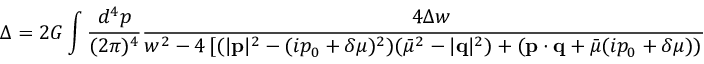
\Delta = 2 G \int \frac { d ^ { 4 } p } { ( 2 \pi ) ^ { 4 } } \frac { 4 \Delta w } { w ^ { 2 } - 4 \left[ ( | { \bf p } | ^ { 2 } - ( i p _ { 0 } + \delta \mu ) ^ { 2 } ) ( \bar { \mu } ^ { 2 } - | { \bf q } | ^ { 2 } ) + ( { \bf p } \cdot { \bf q } + \bar { \mu } ( i p _ { 0 } + \delta \mu ) ) ^ { 2 } \right] }